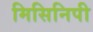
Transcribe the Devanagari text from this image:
मिसिनिपी